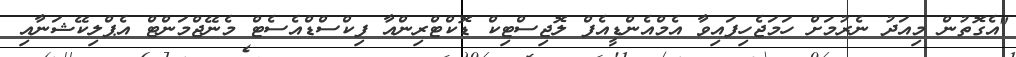
"އެގޮތުން މިއަދު ނެރުމަށް ހަމަޖެހިފައިވާ އެމްއެންޑީއެފް ލޮޖިސްޓިކް ޑޮކްޓްރިންއާ ފިކްސްޑްއެސެޓް މެނޭޖްމަންޓް އެޕްލިކޭޝަނާއި